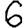
Digit: 6